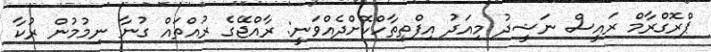
ޕްރޮގްރާމް ރައީސް ނަޝީދު މިއަދު އިފްތިތާހްކޮށްދެއްވަނީ: ރާއްޖޭގެ ރުއްތައް ގުނާ ނިމުމުން ރުކާ